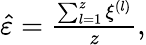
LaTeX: \begin{array}{r}{\hat{\varepsilon}=\frac{\sum_{l=1}^{z}{\xi^{(l)}}}{z},}\end{array}